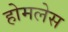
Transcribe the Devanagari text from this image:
होमलेस